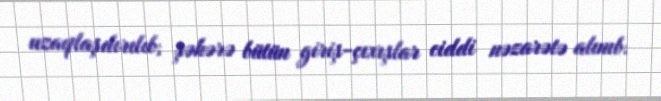
uzaqlaşdırılıb, şəhərə bütün giriş-çıxışlar ciddi nəzarətə alınıb.